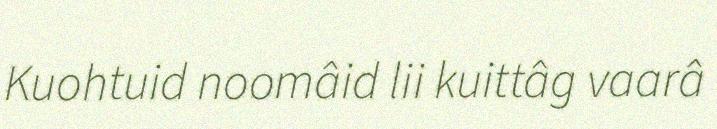
Kuohtuid noomâid lii kuittâg vaarâ